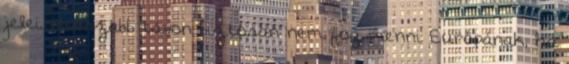
jelei. Hosszabb távon biztosan nem fog menni Európának, ha